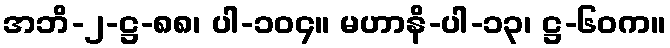
အဘိ-၂-ဋ္ဌ-၈၈၊ ပါ-၁၀၄။ မဟာနိ-ပါ-၁၃၊ ဋ္ဌ-၆၀က။